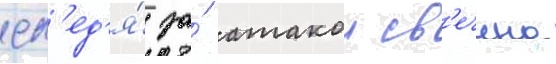
сл'ед'я́ за́ атакои св'ечина